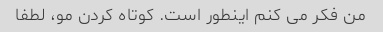
من فکر می کنم اینطور است. کوتاه کردن مو، لطفا